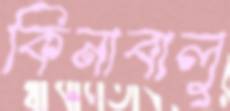
কিনাবালু